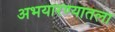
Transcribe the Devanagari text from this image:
अभयारण्यातला